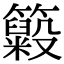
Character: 𥶵